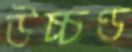
উচ্চণ্ড